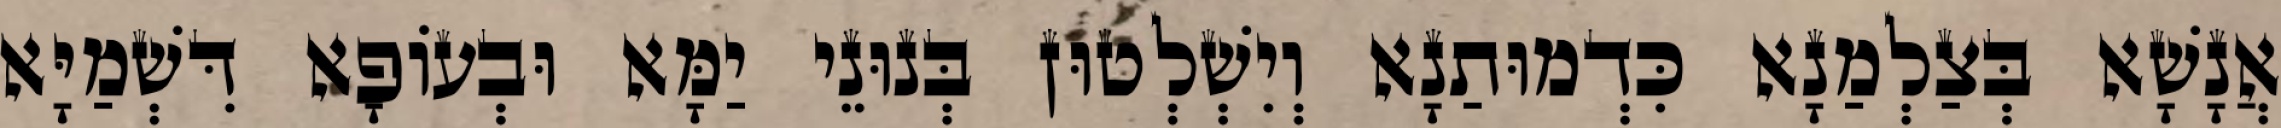
אֲנָשָׁא בְּצַלְמַנָא כִּדְמוּתַנָא וְיִשְׁלְטוּן בְּנוּנֵי יַמָּא וּבְעוֹפָא דִּשְׁמַיָּא